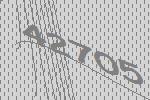
42705